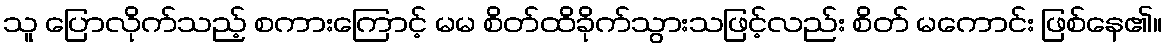
သူ ပြောလိုက်သည့် စကားကြောင့် မမ စိတ်ထိခိုက်သွားသဖြင့်လည်း စိတ် မကောင်း ဖြစ်နေ၏။